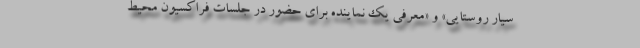
سیار روستایی» و «معرفی یک نماینده برای حضور در جلسات فراکسیون محیط